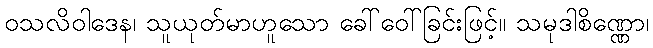
ဝသလိဝါဒေန၊ သူယုတ်မာဟူသော ခေါ်ဝေါ်ခြင်းဖြင့်။ သမုဒါစိဏ္ဏော၊